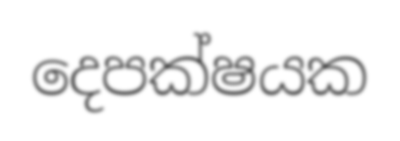
දෙපක්ෂයක